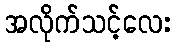
အလိုက်သင့်လေး